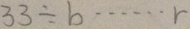
3 3 \div b \cdots r